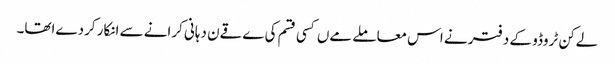
لےکن ٹروڈو کے دفتر نے اس معاملے مےں کسی قسم کی ےقےن دہانی کرانے سے انکار کردےاتھا۔